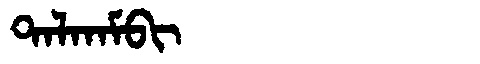
Manchu: ᡨᠠᠯᡴᠠᠮᠪᡳ
Romanization: TALKAMBI